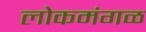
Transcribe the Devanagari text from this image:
लोकमंगळ